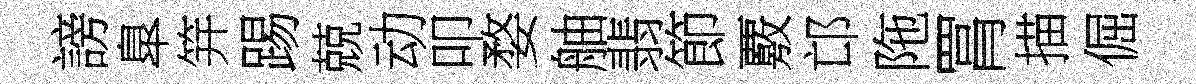
謗臯笄踢兢动叩婺舳翡節覈邙陁罥描倔